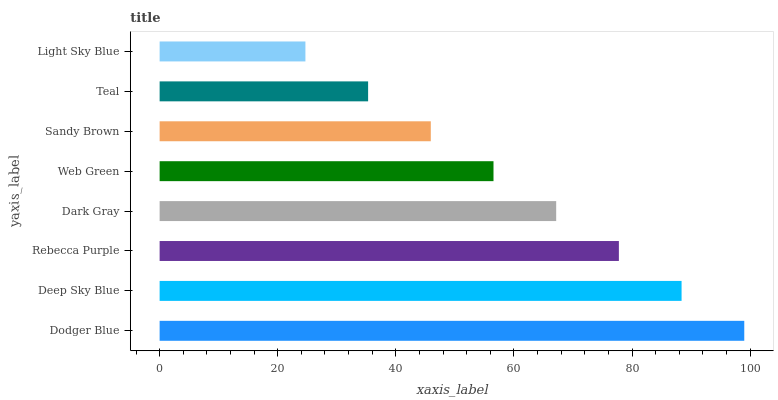
| yaxis_label | bars |
 | --- | --- |
 | Dodger Blue | 99 |
 | Deep Sky Blue | 88.4 |
 | Rebecca Purple | 77.8 |
 | Dark Gray | 67.2 |
 | Web Green | 56.5 |
 | Sandy Brown | 45.9 |
 | Teal | 35.3 |
 | Light Sky Blue | 24.7 |